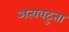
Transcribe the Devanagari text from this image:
अत्यवटुता